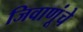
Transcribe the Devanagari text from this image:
जिवाणूंचे